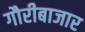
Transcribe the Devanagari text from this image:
गौरीबाजार